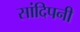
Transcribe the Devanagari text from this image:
सांदिपनी